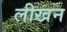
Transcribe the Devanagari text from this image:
लीखन